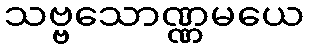
သဗ္ဗသောဏ္ဏမယေ